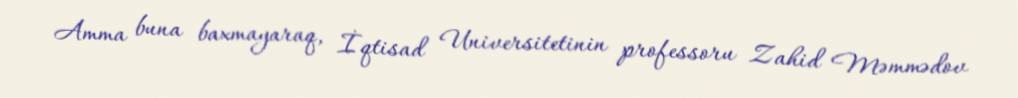
Amma buna baxmayaraq, İqtisad Universitetinin professoru Zahid Məmmədov